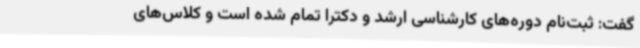
گفت: ثبت‌نام دوره‌های کارشناسی ارشد و دکترا تمام شده است و کلاس‌های